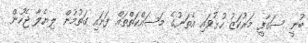
ބުނީ ސަގާފީ މަރުކަޒު ހުޅުވައި އެތަނުގެ މަސައްކަތްތައް ފަށައި ގަތުމުން ލިޔެލާ ޖެހުން